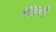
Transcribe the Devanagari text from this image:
साइनरी